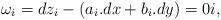
LaTeX: \begin{align*}\omega_i=dz_i- (a_i.dx+b_i.dy) & = 0i,\end{align*}